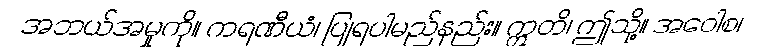
အဘယ်အမှုကို။ ကရဏီယံ၊ ပြုရပါမည်နည်း။ ဣတိ၊ ဤသို့။ အဝေါစ၊